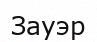
Зауэр